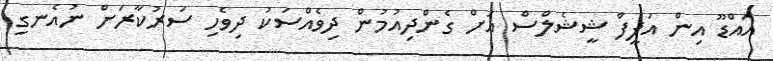
އައްޑޫ އިން އަފީފް ޝީޝެލްސް އަށް ގެންދިއުމުން ދިވެއްސަކު ދިވެހި ސަރުކާރަށް ނުއެނގި